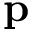
\mathbf { p }